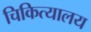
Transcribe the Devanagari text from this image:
चिकित्यालय